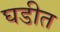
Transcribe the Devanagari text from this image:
घडीत